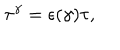
LaTeX: { \tau } ^ { \gamma } = { \epsilon } ( { \gamma } ) { \tau } ,